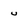
Character: u